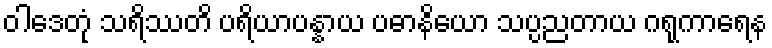
ဝါဒေတုံ သရိဿတိ ပရိယာပန္နာယ ပဓာနိယော သပ္ပညတာယ ဂရုကာရေန